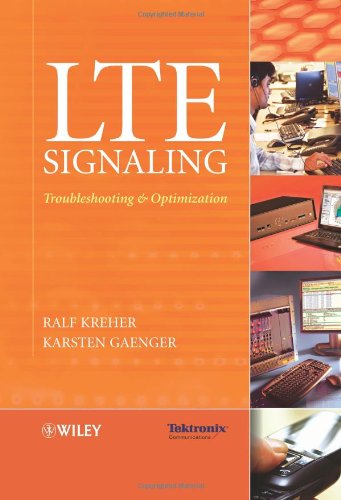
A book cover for LTE Signaling: Troubleshooting and Optimization; Ralf Kreher; Crafts, Hobbies & Home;